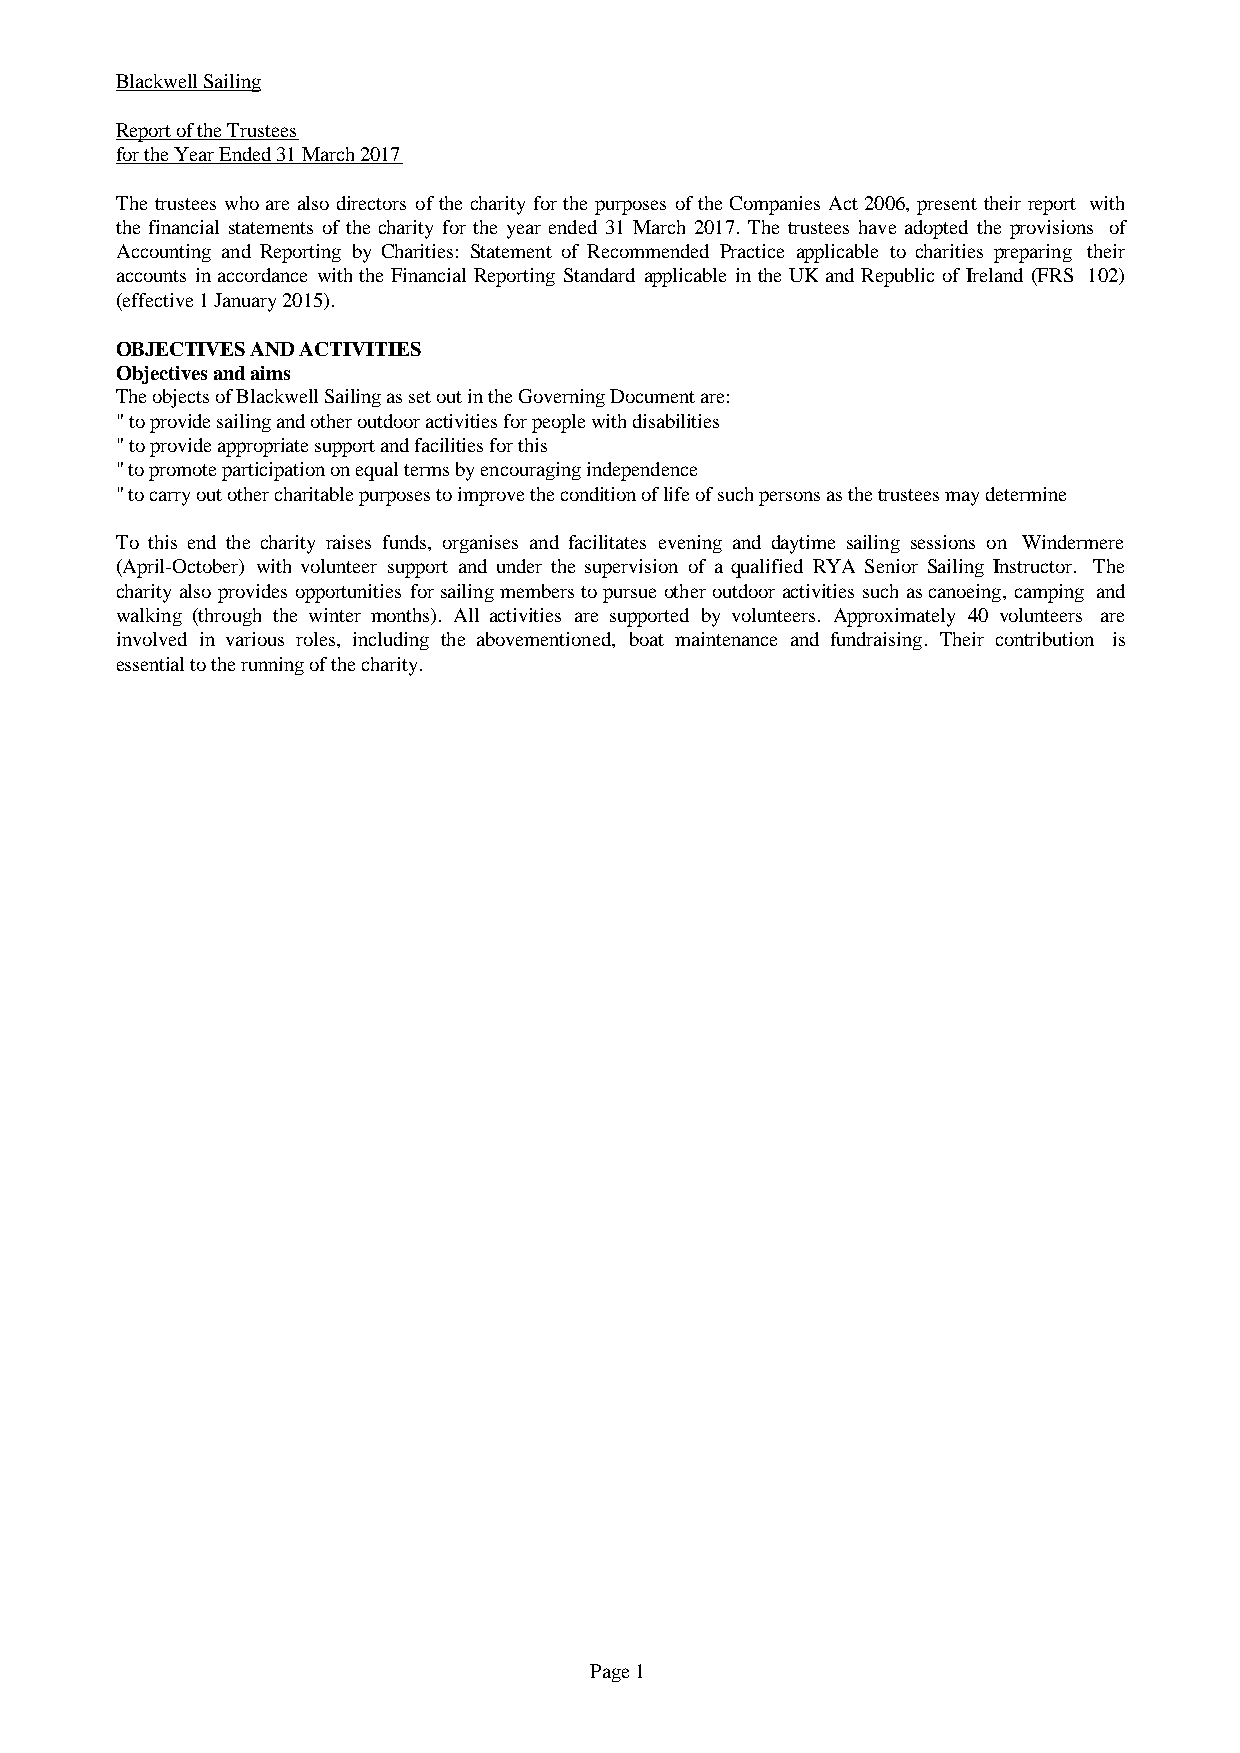
Blackwell Sailing
 Report of the Trustees
 for the Year Ended 31 March 2017
 The trusteeswhoarealsodirectors ofthecharityforthepurposes oftheCompaniesAct2006, presenttheirreport with
 the financial statements of the charity for the year ended 31 March 2017. The trustees have adopted the provisions of
 Accounting and Reporting by Charities: Statement of Recommended Practice applicable to charities preparing their
 accountsinaccordance withtheFinancialReportingStandard applicable intheUKandRepublic ofIreland (FRS 102)
 (effective 1 January 2015).
 OBJECTIVES AND ACTIVITIES
 Objectives and aims
 The objects of Blackwell Sailing as set out in the Governing Document are:
 " to provide sailing and other outdoor activities for people with disabilities
 " to provide appropriate support and facilities for this
 " to promote participation on equal terms by encouraging independence
 " to carry out other charitable purposes to improve the condition of life of such persons as the trustees may determine
 To this end the charity raises funds, organises and facilitates evening and daytime sailing sessions on Windermere
 (April-October) with volunteer support and under the supervision of a qualified RYA Senior Sailing Instructor. The
 charityalsoprovidesopportunitiesforsailingmemberstopursueotheroutdooractivitiessuchascanoeing,camping and
 walking (through the winter months). All activities are supported by volunteers. Approximately 40 volunteers are
 involved in various roles, including the abovementioned, boat maintenance and fundraising. Their contribution is
 essential to the running of the charity.
 Page 1